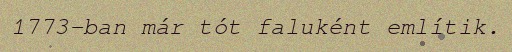
1773-ban már tót faluként említik.